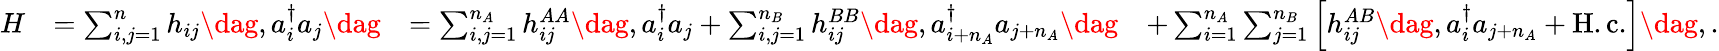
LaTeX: \begin{array}{rlrl}{H}&{=\sum_{i,j=1}^{n}h_{ij}\dag,a_{i}^{\dagger}a_{j}\dag}&{=\sum_{i,j=1}^{n_{A}}h_{ij}^{AA}\dag,a_{i}^{\dagger}a_{j}+\sum_{i,j=1}^{n_{B}}h_{ij}^{BB}\dag,a_{i+n_{A}}^{\dagger}a_{j+n_{A}}\dag}&{+\sum_{i=1}^{n_{A}}\sum_{j=1}^{n_{B}}\left[h_{ij}^{AB}\dag,a_{i}^{\dagger}a_{j+n_{A}}+\mathrm{H.c.}\right]\dag,.}\end{array}